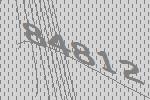
84812